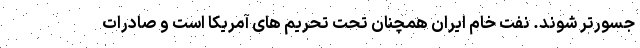
جسورتر شوند. نفت خام ایران همچنان تحت تحریم های آمریکا است و صادرات